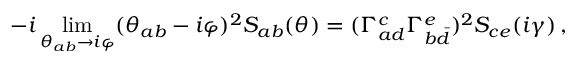
- i \operatorname * { l i m } _ { \theta _ { a b } \rightarrow i \varphi } ( \theta _ { a b } - i \varphi ) ^ { 2 } S _ { a b } ( \theta ) = ( \Gamma _ { a d } ^ { c } \Gamma _ { b \bar { d } } ^ { e } ) ^ { 2 } S _ { c e } ( i \gamma ) \, ,